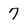
Character: 7